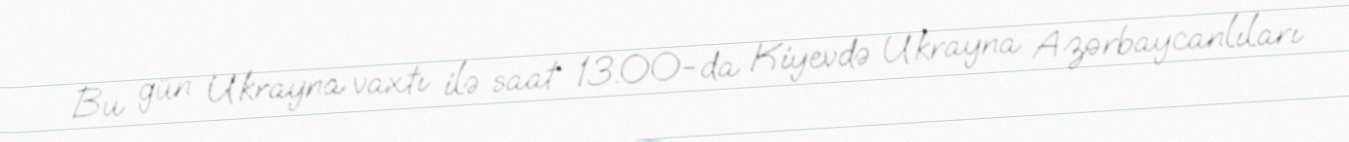
Bu gün Ukrayna vaxtı ilə saat 13.00-da Kiyevdə Ukrayna Azərbaycanlıları